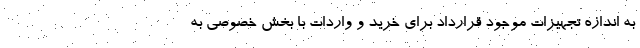
به اندازه تجهیزات موجود قرارداد برای خرید و واردات با بخش خصوصی به